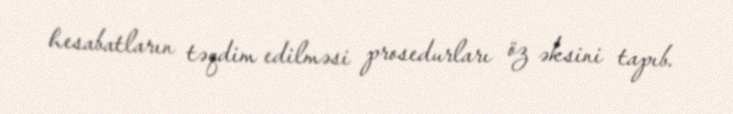
hesabatların təqdim edilməsi prosedurları öz əksini tapıb.